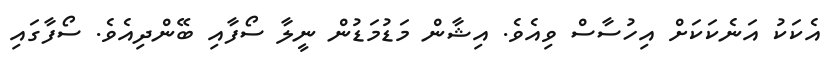
އެކަކު އަނެކަކަށް އިހުސާސް ވިއެވެ. އިޝާން މަޑުމަޑުން ނީލާ ސޯފާއި ބޭންދިއެވެ. ސޯފާގައި